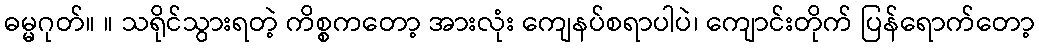
ဓမ္မဂုတ်။ ။ သရိုင်သွားရတဲ့ ကိစ္စကတော့ အားလုံး ကျေနပ်စရာပါပဲ၊ ကျောင်းတိုက် ပြန်ရောက်တော့